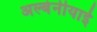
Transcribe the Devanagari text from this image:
अल्बेनीयाई